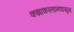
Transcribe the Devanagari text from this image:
कझाकस्तानपासून